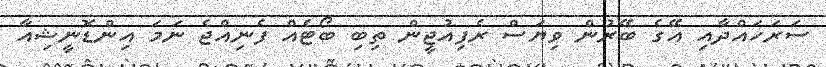
ސަރަހައްދާއި އޭގެ ބޭރުން ވިޔަސް ރެފިއުޖީން ތިބި ބޯޓެއް ފެނިއްޖެ ނަމަ އިންޑޮނީޝިއާ